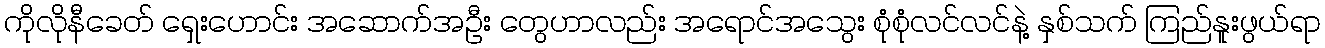
ကိုလိုနီခေတ် ရှေးဟောင်း အဆောက်အဦး တွေဟာလည်း အရောင်အသွေး စုံစုံလင်လင်နဲ့ နှစ်သက် ကြည်နူးဖွယ်ရာ